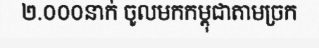
២.០០០នាក់ ចូលមកកម្ពុជាតាមច្រក